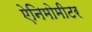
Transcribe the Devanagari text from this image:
ऐनिमोमीटर